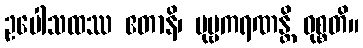
ဥပေါသထဿ ဧတာနိ၊ ပုဗ္ဗကရဏန္တိ ဝုစ္စတိ။